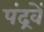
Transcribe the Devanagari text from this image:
पंद्रवें